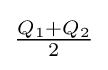
{\textstyle {\frac {Q_{1}+Q_{2}}{2}}}